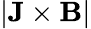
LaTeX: |\textbf{J}\times\textbf{B}|